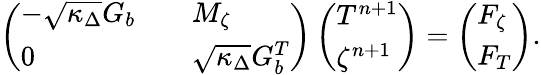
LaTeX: \left(\begin{array}{lll}{-\sqrt{\kappa_{\Delta}}G_{b}}&&{M_{\zeta}}\\ {0}&&{\sqrt{\kappa_{\Delta}}G_{b}^{T}}\end{array}\right)\left(\begin{array}{l}{T^{n+1}}\\ {\zeta^{n+1}}\end{array}\right)=\left(\begin{array}{l}{F_{\zeta}}\\ {F_{T}}\end{array}\right).